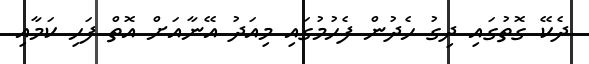
ދެކޭ ގޮތުގައި ދިގު ހެދުން ފެހުމުގައި މިއަދު އޭނާއަށް އޮތް ފަހި ކަމާއި